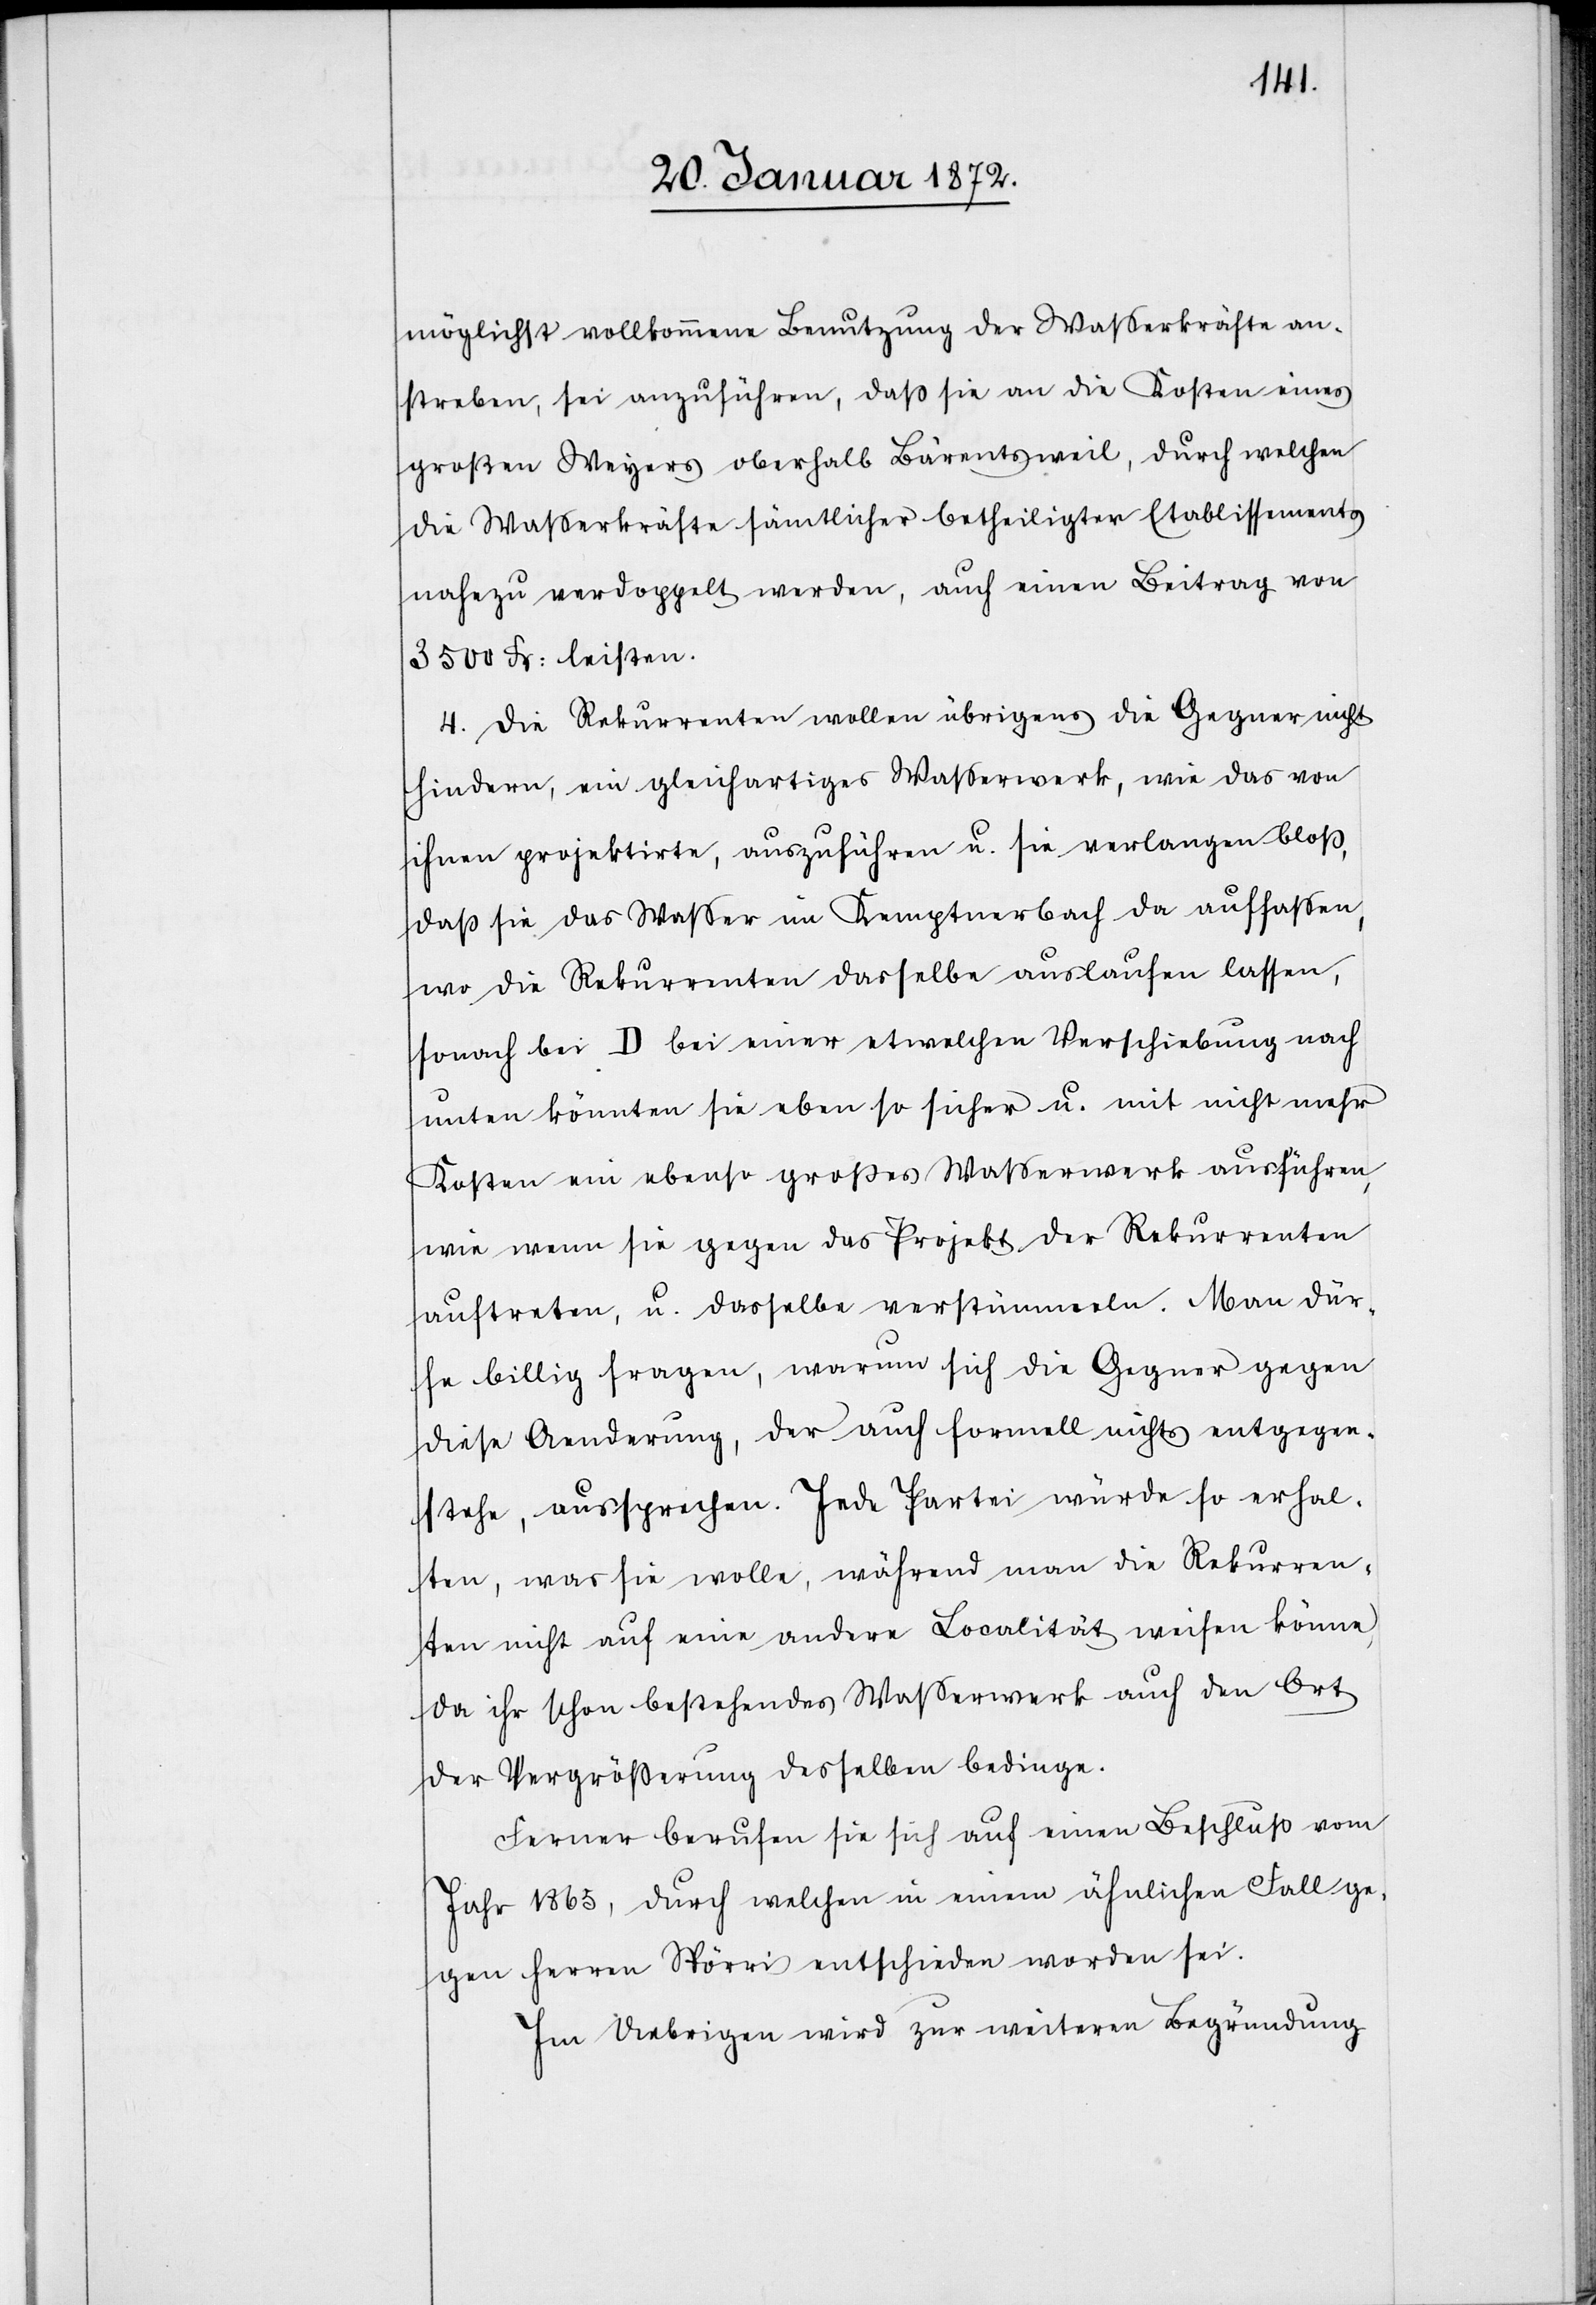
möglichst vollkommene Benutzung der Wasserkräfte an¬
streben, sei anzuführen, daß sie an die Kosten eines
großen Weyers oberhalb Bärentsweil, durch welchen
die Wasserkräfte sämtlicher betheiligter Etablissements
nahezu verdoppelt werden, auch einen Beitrag von
3500 Fr: leisten.
4. Die Rekurrenten wollen übrigens die Gegner nicht
hindern, ein gleichartiges Wasserwerk, wie das von
ihnen projektirte, auszuführen u. sie verlangen bloß,
daß sie das Wasser im Kemptnerbach da auffassen,
wo die Rekurrenten dasselbe auslaufen lassen,
sonach bei D bei einer etwelchen Verschiebung nach
unten könnten sie eben so sicher u. mit nicht mehr
Kosten ein ebenso großes Wasserwerk ausführen,
wie wenn sie gegen das Projekt der Rekurrenten
auftreten, u. dasselbe verstümmele. Man dür¬
fe billig fragen, warum sich die Gegner gegen
diese Aenderung, der auch formell nichts entgegen¬
stehe, aussprechen. Jede Partei würde so erhal¬
ten, was sie wolle, während man die Rekurren¬
ten nicht auf eine andere Localität weisen könne,
da ihr schon bestehendes Wasserwerk auch den Ort
der Vergrößerung desselben bedinge.
Ferner berufen sie sich auf einen Beschluß vom
Jahr 1865, durch welchen in einem ähnlichen Fall ge¬
gen Herren Spörri entschieden worden sei.
Im Uebrigen wird zur weiteren Begründung